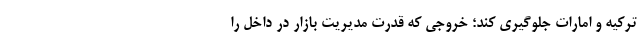
ترکیه و امارات جلوگیری کند؛ خروجی که قدرت مدیریت بازار در داخل را